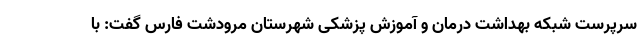
سرپرست شبکه بهداشت درمان و آموزش پزشکی شهرستان مرودشت فارس گفت: با